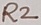
Text: R2